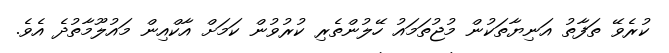
ކުރެވޭ ތަފާތު އަނިޔާތަކުން މުޖުތަމައު ހޭލުންތެރި ކުރުވުން ކަމަށް އާކްއިން މައުލޫމާތުދެ އެވެ.